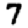
Digit: 7